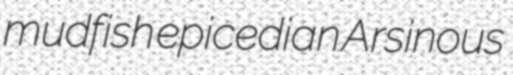
mudfish epicedian Arsinous